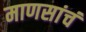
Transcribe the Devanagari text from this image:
माणसांचं